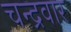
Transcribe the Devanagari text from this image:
चन्द्रवार